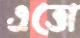
এত্তো